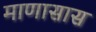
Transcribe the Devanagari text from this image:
माणासास